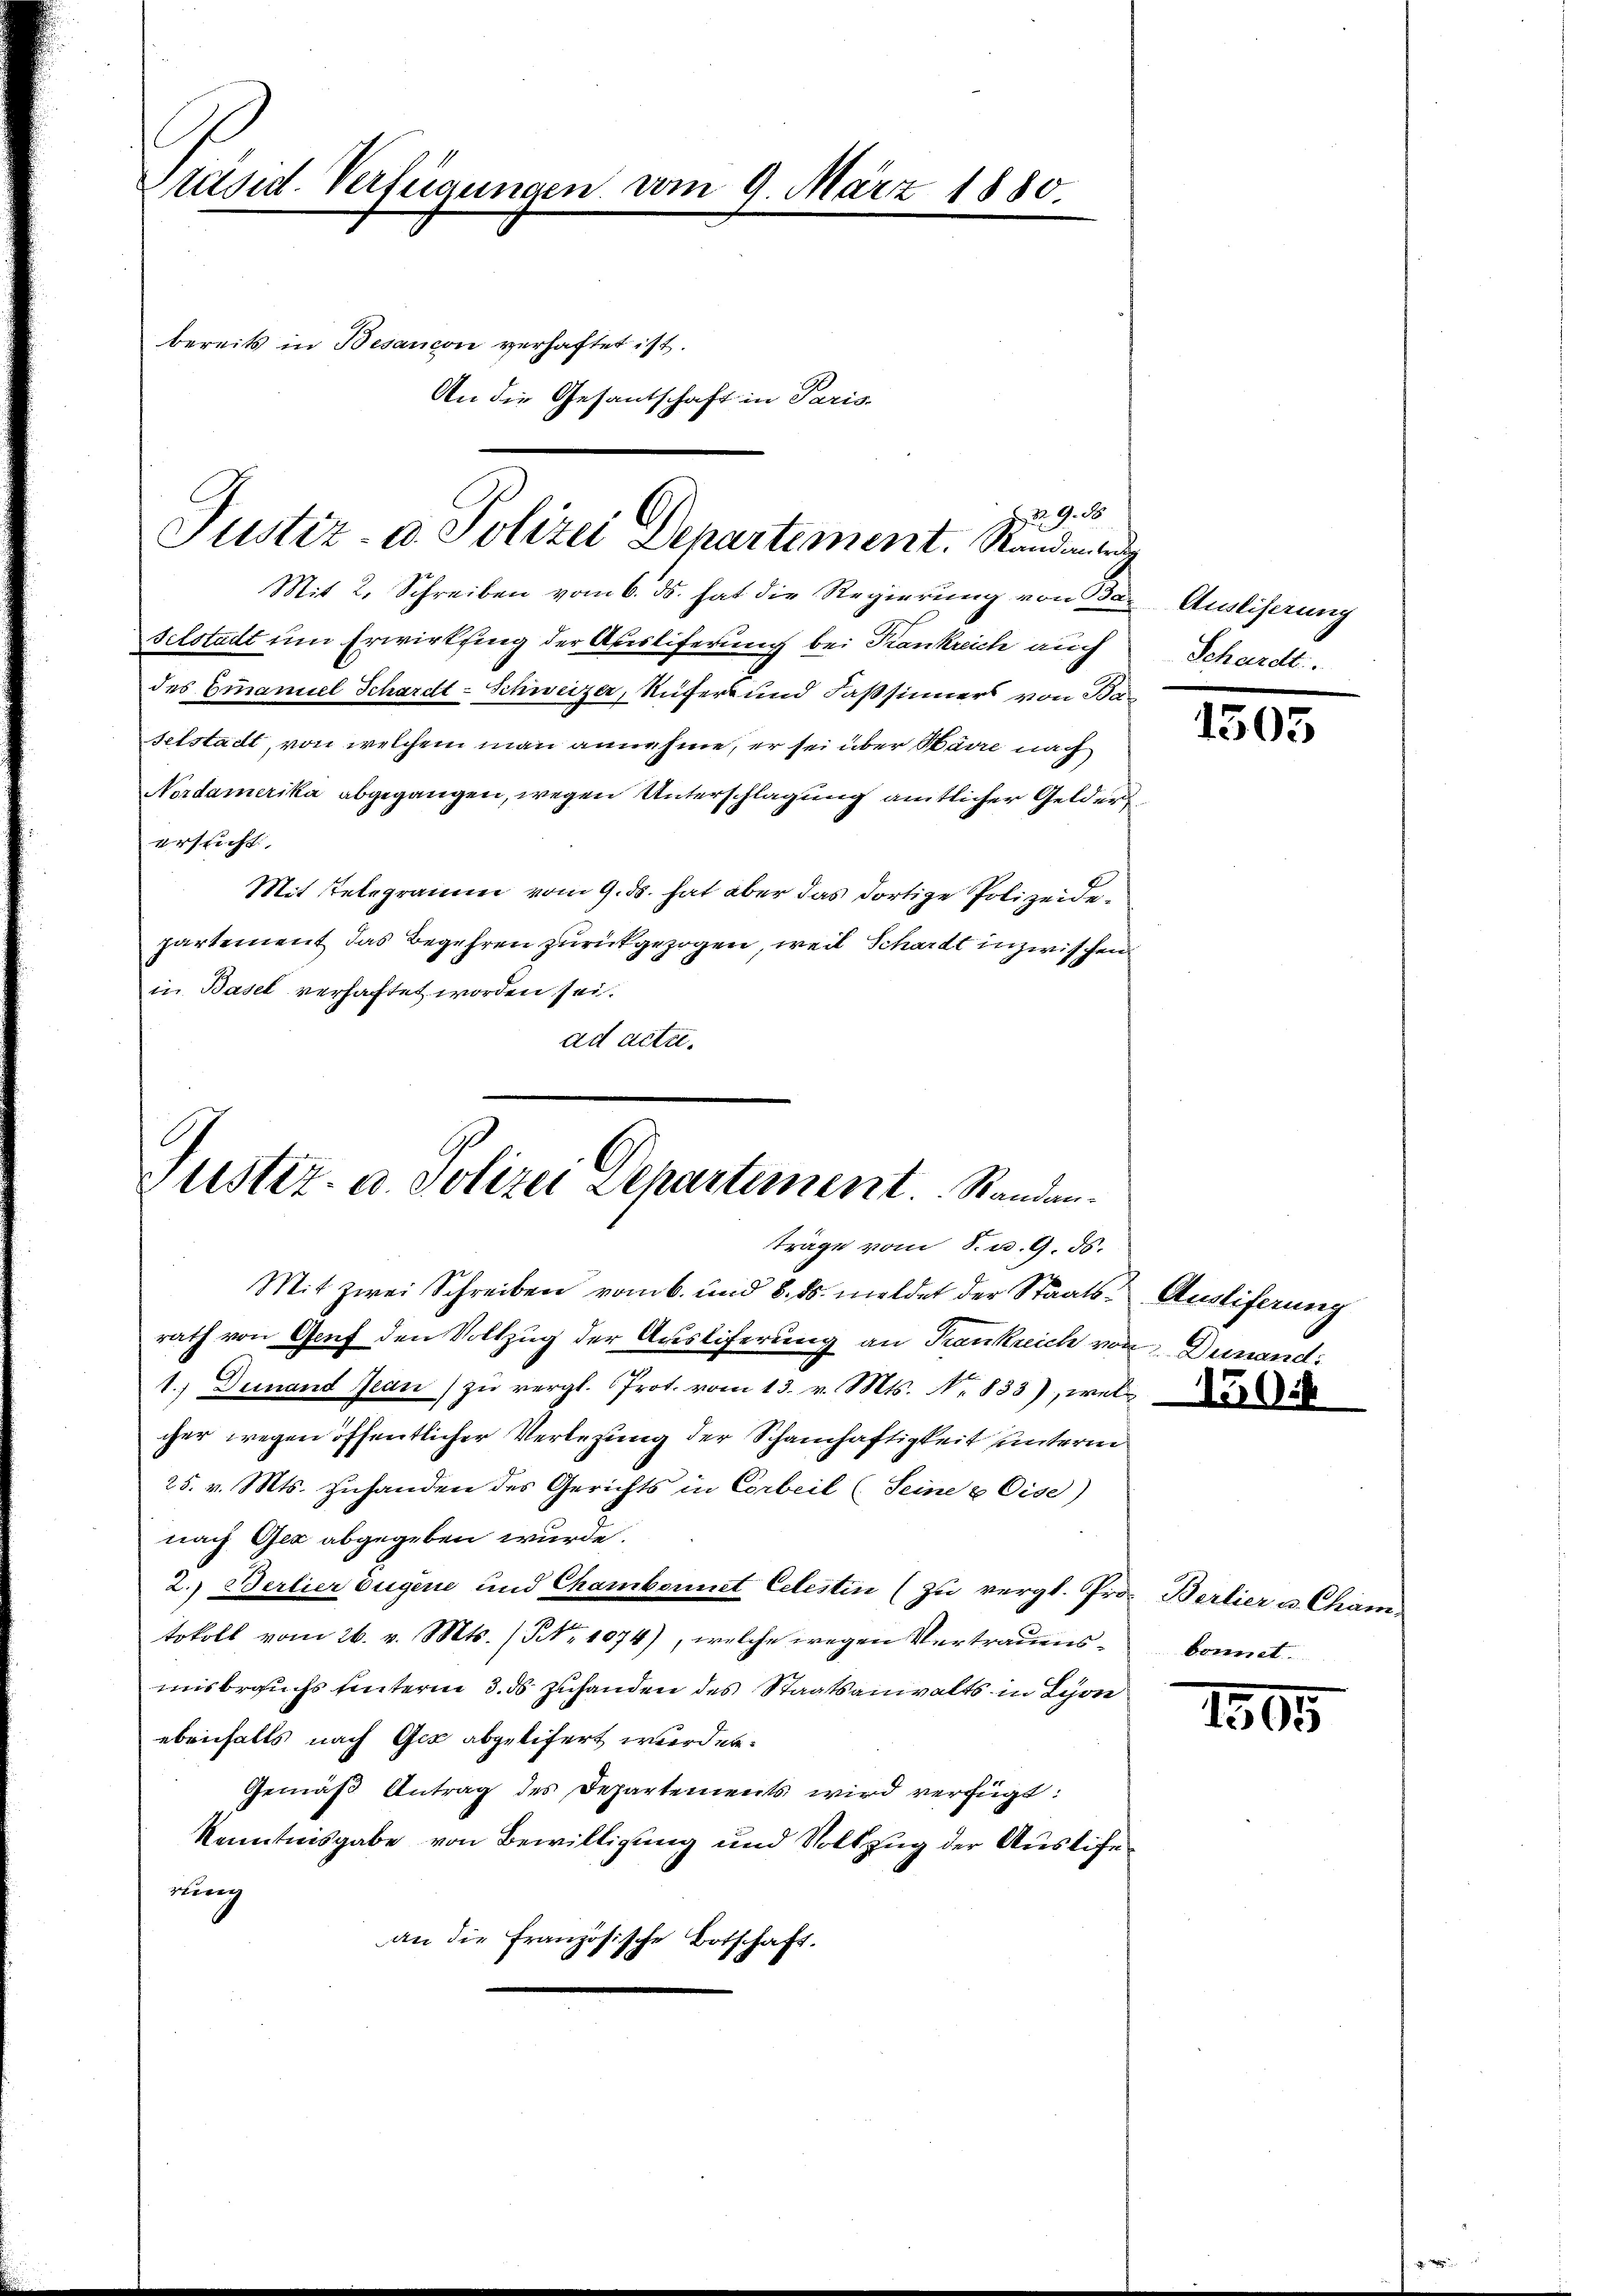
Präsid. Verfügungen vom 9. März 1880.
bereits in Besancon verhaftet ist.
An die Gesantschaft in Paris.

Mit 2. Schreiben vom 6. ds. hat die Regierung von Bar
sclstadt um Erwirksing der Ausliferung bei Krankreich auch
des Emanuel Schardt-Schweizer, Rufer und Fassinners von Sa-
selstadt, von welchem man annahme, er sei über Karre nach
Nordamerika abgegangen, wegen Unterschlagung amtlicher Gelder
ersicht,
Mit Telegramm vom 9. ds. hat aber das dortige Polizeide
partement das Begehren zurückgezogen, weil Schardt inzwischen
in Basel verhaftet worden sei.
ad acte.

n 9. d.
Justiz- u. Polizei Departement. Standeig

Justiz- u. Polizei Departement. Standen.
träge vom 8. d. 9. ds.

Mit zwei Schreiben vom 6. und 8. ds. meldet der Staats- Ausliferung
rath von Genf den Vollzug der Ausliferung an Frankreich von Dunand
1.) Demand Jean zŭ vergl. Prot. vom 13. v. Mts. No. 833), wel
cher wegen öffentlicher Verlegung der Schamhaftigkeit unterm
25. v. Mts. zuhanden des Gerichts in Corbeil (Seine & Eise)
nach Gez abgegeben wurde.
2.) Berlier Eugene und Chambonnet Celestin (zu vergl. Pro. Berlier u. Cham
tokoll vom 26. v. Mts. (NNo. 1074), welche wegen Vertrauensmisbrauchs hinterm 3. ds zuhanden des Staatsanwalts in Lyon
ebenfalls nach Ges abgelifert werden.
Gemäß Antrag des Departements wird verfügt:
Kenntnisgabe von Bewilligung und Vollzug der Auslifedung
an die Französische Botschaft.

Ausliserung
Schardt.

1505

150:

bonnet

1505